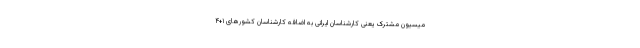
میسیون مشترک یعنی کارشناسان ایرانی به اضافه کارشناسان کشورهای ۱+۴